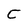
Character: C